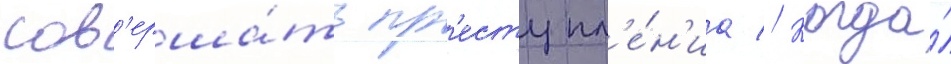
сов'ерша́ть пр'еступл'е́н'иа // Когда́